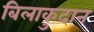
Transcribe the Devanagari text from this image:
बिलाकुदान